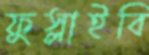
ফুস্‌লাইবি